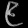
Digit: ၉